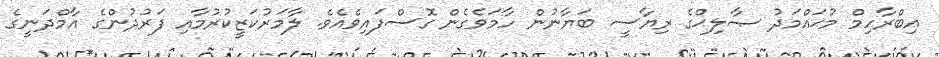
އިބްރާހިމް މުޙައްމަދު ޞާލިޙްގެ ރިޔާސީ ބަޔާނުން ހާމަވެގެން ގޮސްފައިވެއެވެ. ލާމަރުކަޒީކުރުމާއި ފަރުދުންގެ އާމްދަނީގެ